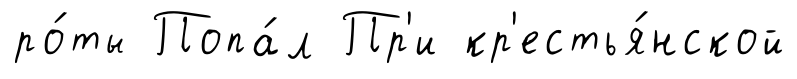
ро́ты Попа́л Пр'и кр'естья́нской